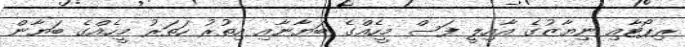
ރިޕޯޓާއި ނިޔާޒުގެ އާއިލީ ފަސް މީހެއްގެ ބަޔާނާއި އިތުރު ހަތަރު މީހެއްގެ ބަޔާން